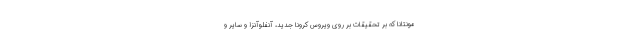
مونتانا که بر تحقیقات بر روی ویروس کرونا جدید، آنفلوآنزا و سایر و